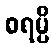
စရမ္ပိ